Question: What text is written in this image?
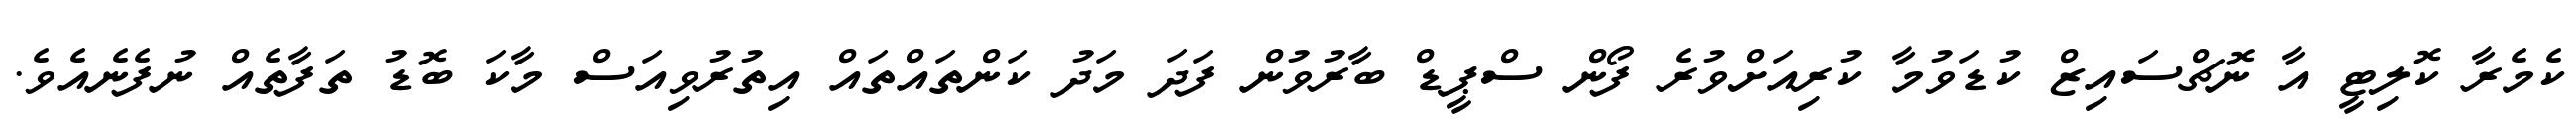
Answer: ކެމެރާ ކޮލިޓީ އާ ނޮޗްސައިޒް ކުޑަވުމާ ކުރިއަށްވުރެ ފޯން ސްޕީޑް ބާރުވުން ފަދަ މަދު ކަންތައްތައް އިތުރުވިއަސް މާކަ ބޮޑު ތަފާތެއް ނުފެނެއެވެ.